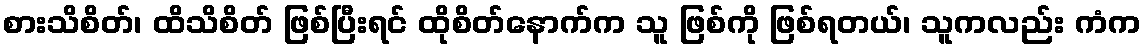
စားသိစိတ်၊ ထိသိစိတ် ဖြစ်ပြီးရင် ထိုစိတ်နောက်က သူ ဖြစ်ကို ဖြစ်ရတယ်၊ သူကလည်း ကံက